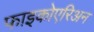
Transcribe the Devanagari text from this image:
फाइकोएरिअन